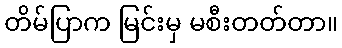
တိမ်ပြာက မြင်းမှ မစီးတတ်တာ။